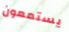
يستمعون